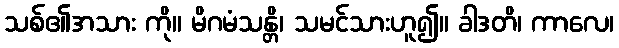
သစ်၏အသား ကို။ မိဂမံသန္တိ၊ သမင်သားဟူ၍။ ခါဒတိ၊ ကာလေ၊